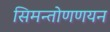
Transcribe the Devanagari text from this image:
सिमन्तोणणयन